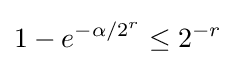
1-e^{-\alpha /2^{r}}\leq 2^{-r}